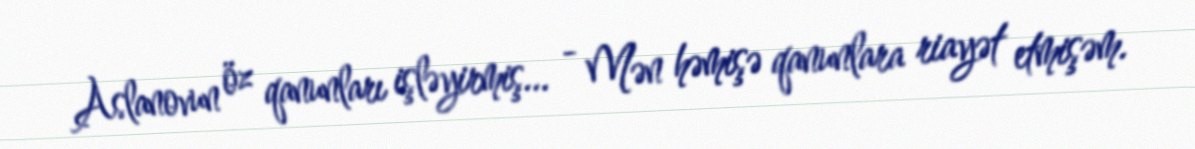
Aslanovun öz qanunları işləyirmiş... - Mən həmişə qanunlara riayət etmişəm.